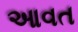
આવત